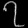
Digit: ၇